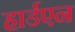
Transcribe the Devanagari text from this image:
हार्डएन